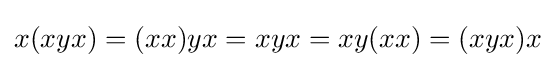
x(xyx)=(xx)yx=xyx=xy(xx)=(xyx)x